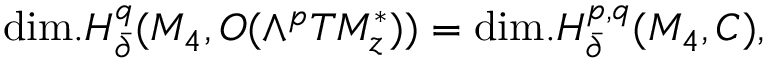
\mathrm { d i m . } H _ { \bar { \partial } } ^ { q } ( M _ { 4 } , { \cal O } ( \wedge ^ { p } T M _ { z } ^ { \ast } ) ) = \mathrm { d i m . } H _ { \bar { \partial } } ^ { p , q } ( M _ { 4 } , C ) ,